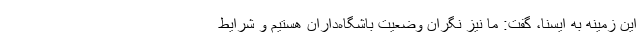
این زمینه به ایسنا، گفت: ما نیز نگران وضعیت باشگاه‌داران هستیم و شرایط